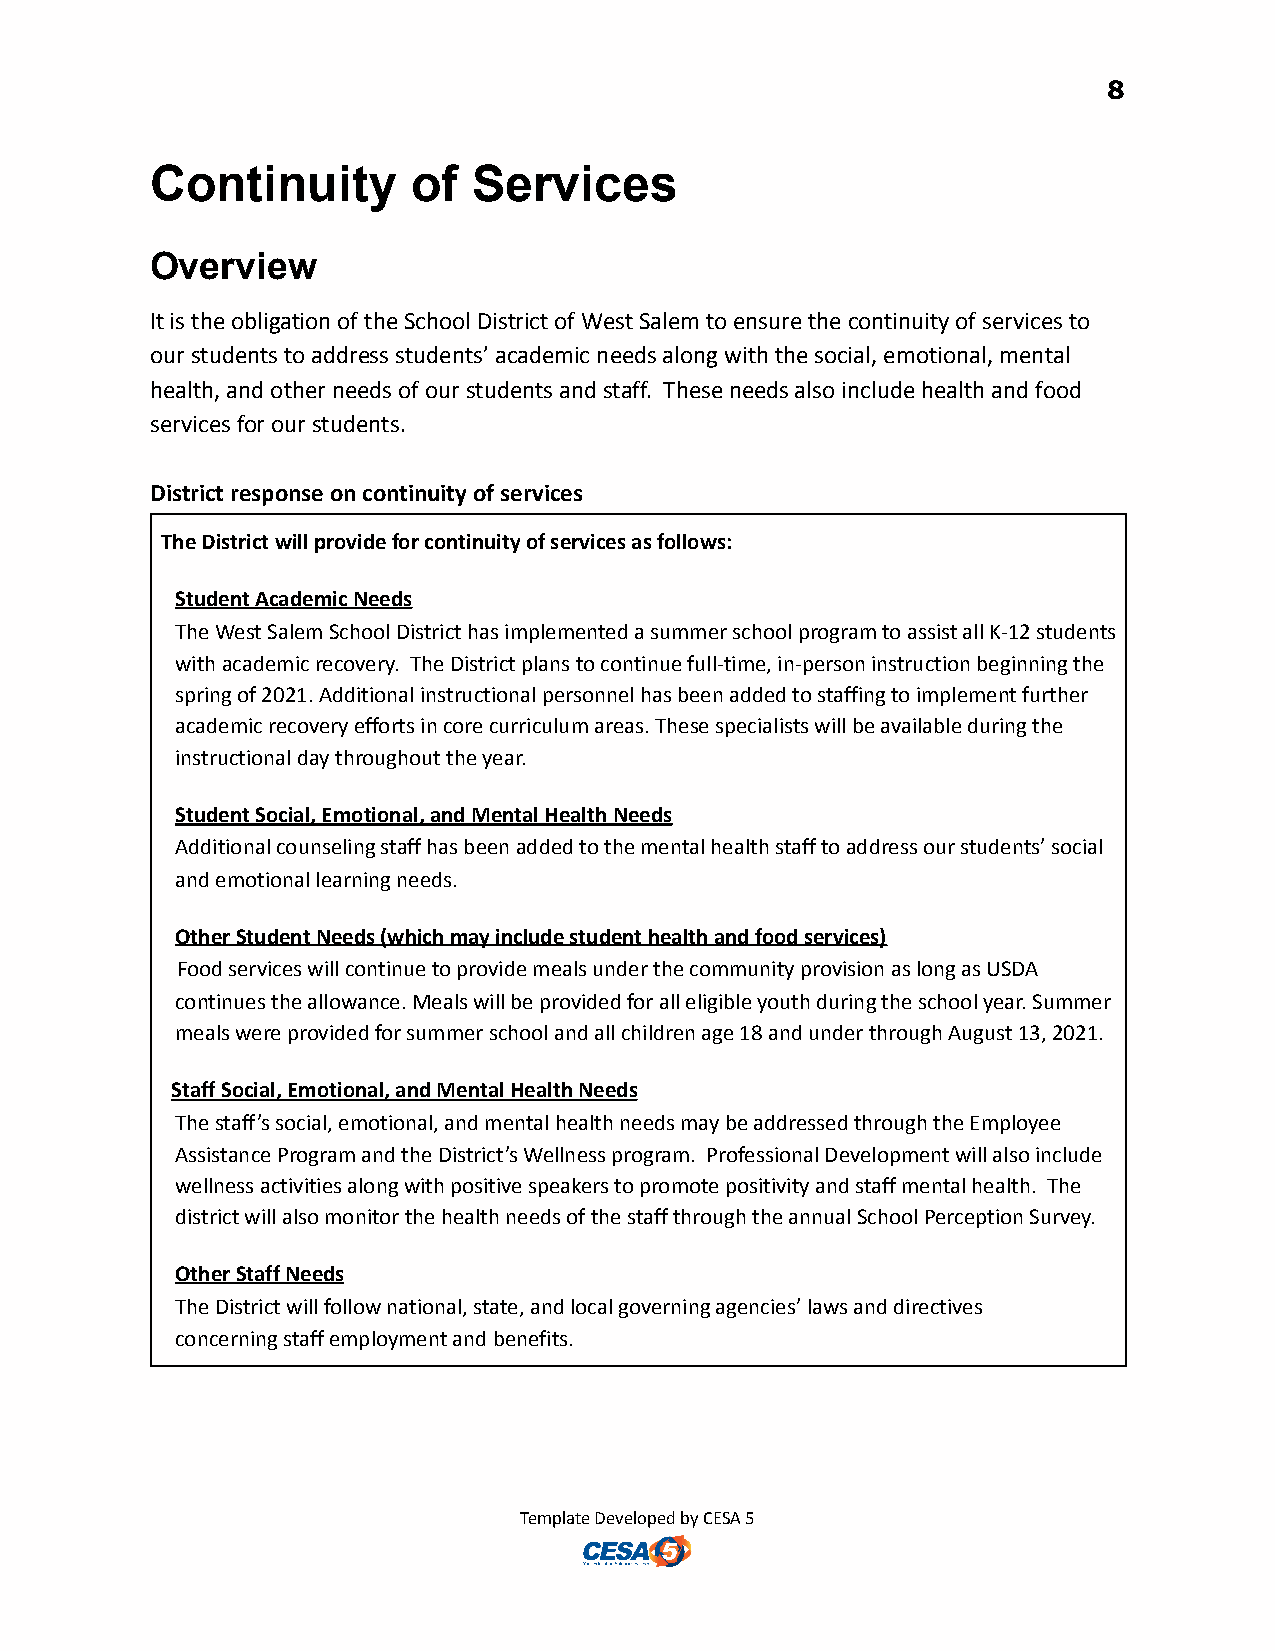
8
 Continuity       of  Services
 Overview
 It is the obligation of the School District of West Salem to ensure the continuity of services to
 our students to address students’ academic needs along with the social, emotional, mental
 health, and other needs of our students and staff. These needs also include health and food
 services for our students.
 District response on continuity of services
 The District will provide for continuity of services as follows:
 Student Academic Needs
 The West Salem School District has implemented a summer school program to assist all K-12 students
 with academic recovery. The District plans to continue full-time, in-person instruction beginning the
 spring of 2021. Additional instructional personnel has been added to staffing to implement further
 academic recovery efforts in core curriculum areas. These specialists will be available during the
 instructional day throughout the year.
 Student Social, Emotional, and Mental Health Needs
 Additional counseling staff has been added to the mental health staff to address our students’ social
 and emotional learning needs.
 Other Student Needs (which may include student health and food services)
 Food services will continue to provide meals under the community provision as long as USDA
 continues the allowance. Meals will be provided for all eligible youth during the school year. Summer
 meals were provided for summer school and all children age 18 and under through August 13, 2021.
 Staff Social, Emotional, and Mental Health Needs
 The staff’s social, emotional, and mental health needs may be addressed through the Employee
 Assistance Program and the District’s Wellness program. Professional Development will also include
 wellness activities along with positive speakers to promote positivity and staff mental health. The
 district will also monitor the health needs of the staff through the annual School Perception Survey.
 Other Staff Needs
 The District will follow national, state, and local governing agencies’ laws and directives
 concerning staff employment and benefits.
 Template Developed by CESA 5